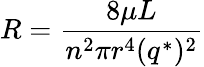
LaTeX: R={\frac{8\mu L}{n^{2}\pi r^{4}(q^{*})^{2}}}